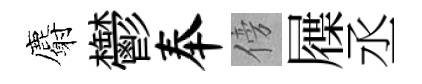
麝鬱奉傍屧丞